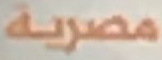
مصرية